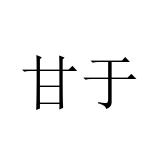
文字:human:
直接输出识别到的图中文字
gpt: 甘于